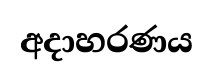
අදාහරණය